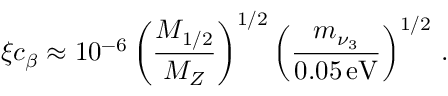
\xi c _ { \beta } \approx 1 0 ^ { - 6 } \left( \frac { M _ { 1 / 2 } } { M _ { Z } } \right) ^ { 1 / 2 } \left( \frac { m _ { \nu _ { 3 } } } { 0 . 0 5 \, \mathrm { e V } } \right) ^ { 1 / 2 } \, .